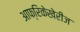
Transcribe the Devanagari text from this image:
आफ्रिकेखेरीज